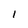
Character: 1